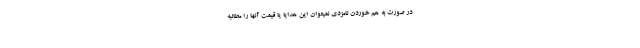
در صورت به هم خوردن نامزدی نمیتوان این هدایا یا قیمت آنها را مطالبه